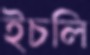
ইচলি